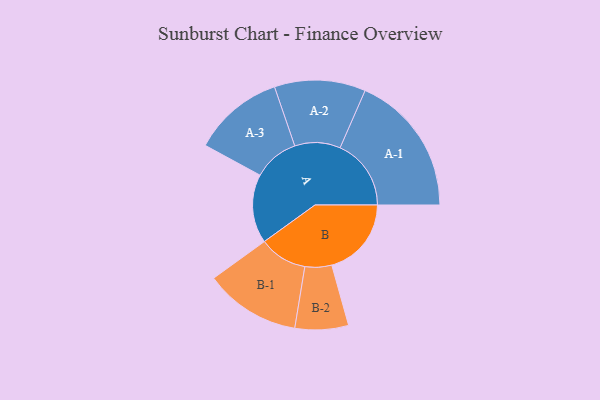
{"axis": {"x": "Segment", "y": "Value"}, "legend": ["", "A", "B"], "data": [{"x": "A", "y": 281, "type": ""}, {"x": "B", "y": 325, "type": ""}, {"x": "A-1", "y": 290, "type": "A"}, {"x": "A-2", "y": 186, "type": "A"}, {"x": "A-3", "y": 186, "type": "A"}, {"x": "B-1", "y": 196, "type": "B"}, {"x": "B-2", "y": 109, "type": "B"}]}